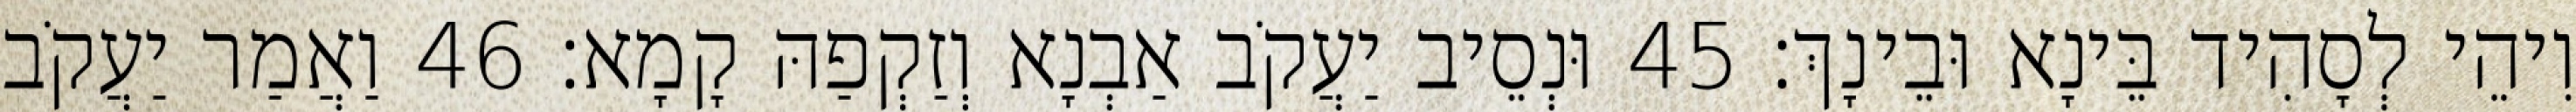
וִיהֵי לְסָהִיד בֵּינָא וּבֵינָךְ׃ 45 וּנְסֵיב יַעֲקֹב אַבְנָא וְזַקְפַהּ קָמָא׃ 46 וַאֲמַר יַעֲקֹב